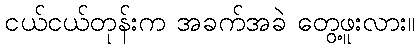
ငယ်ငယ်တုန်းက အခက်အခဲ တွေ့ဖူးလား။